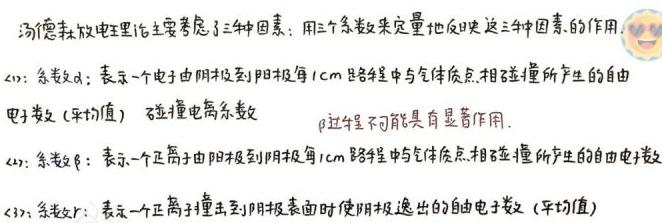
汤德森放电理论主要考虑了三种因素: 用三个系数来定量地反映这三种因素的作用.
(1): 系数 $\alpha$: 表示一个电子由阴极到阳极每 $1cm$ 路程中与气体质点相碰碰撞所产生的自由电子数 (平均值), 称碰撞电离系数. $\beta$ 过程不可能具有显著作用.
(2): 系数 $\gamma$: 表示一个正离子由阳极到阴极每 $1cm$ 路程中与气体质点相碰碰撞所产生的自由电子数.
(3): 系数 $\gamma$: 表示一个正离子撞击到阴极表面时使阴极逸出的自由电子数 (平均值).